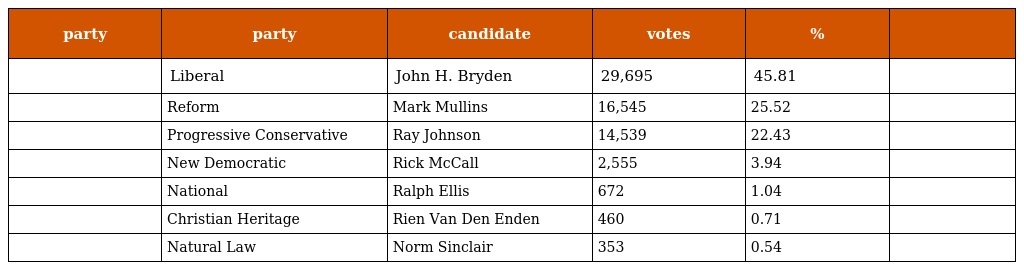
| party | party | candidate | votes | % |  |
 | --- | --- | --- | --- | --- | --- |
 |  | Liberal | John H. Bryden | 29,695 | 45.81 |  |
 |  | Reform | Mark Mullins | 16,545 | 25.52 |  |
 |  | Progressive Conservative | Ray Johnson | 14,539 | 22.43 |  |
 |  | New Democratic | Rick McCall | 2,555 | 3.94 |  |
 |  | National | Ralph Ellis | 672 | 1.04 |  |
 |  | Christian Heritage | Rien Van Den Enden | 460 | 0.71 |  |
 |  | Natural Law | Norm Sinclair | 353 | 0.54 |  |